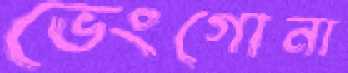
ভেংগোনা